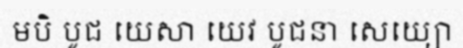
មបិ បូជ យេសា យេវ បូជនា សេយ្យោ